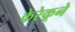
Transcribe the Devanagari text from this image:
केरेकूने